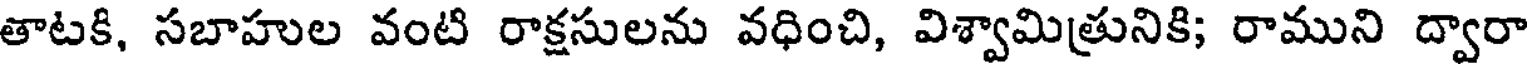
తాటకి, సబాహుల వంటి రాక్షసులను వధించి, విశ్వామిత్రునికి; రాముని ద్వారా